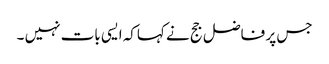
جس پر فاضل جج نے کہاکہ ایسی بات نہیں ۔